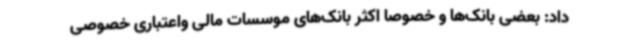
داد: بعضی بانک‌ها و خصوصا اکثر بانک‌های موسسات مالی واعتباری خصوصی